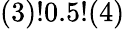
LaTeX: (3)!0.5!(4)